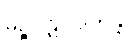
မဉ္စပဋိပါဒကန္တိ